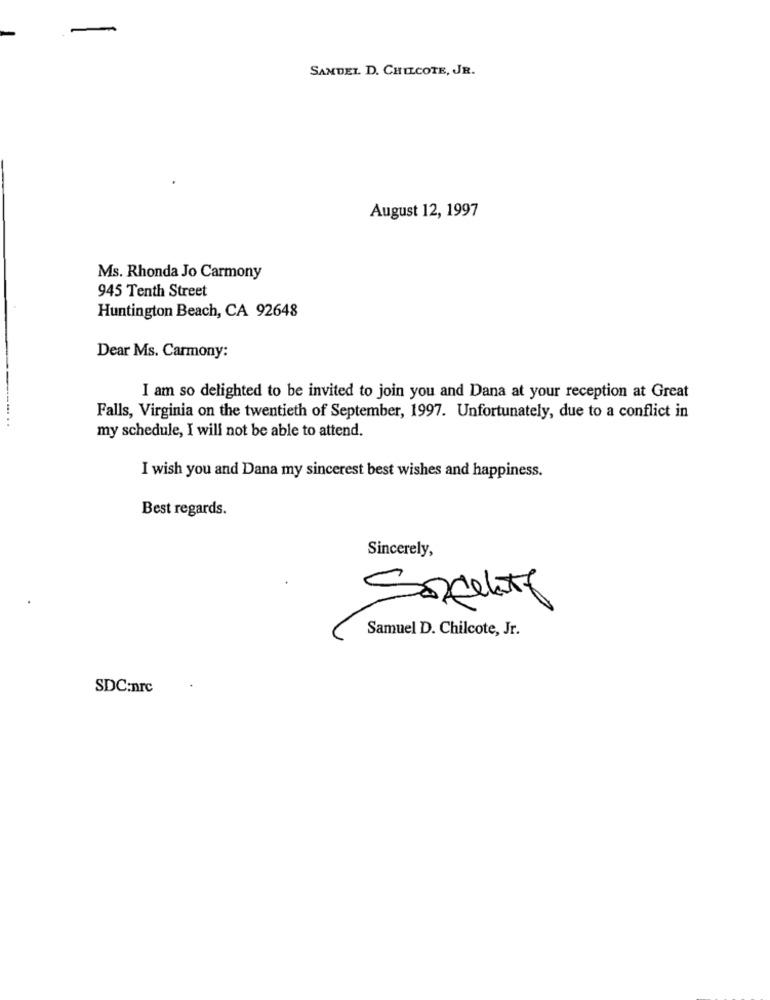
SAMDEL D. CHILCOTE, JR.
August 12, 1997
Ms. Rhonda Jo Carmony
945 Tenth Street
Huntington Beach, CA 92648
Dear Ms. Carmony:
I am so delighted to be invited to join you and Dana at your reception at Great
Falls, Virginia on the twentieth of September, 1997. Unfortunately, due to a conflict in
my schedule, I will not be able to attend.
I wish you and Dana my sincerest best wishes and happiness.
Best regards.
Sincerely,
Samuel D. Chilcote, Jr.
SDC:nrc